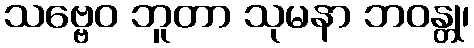
သဗ္ဗေဝ ဘူတာ သုမနာ ဘဝန္တု၊